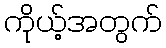
ကိုယ့်အတွက်